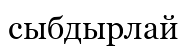
сыбдырлай